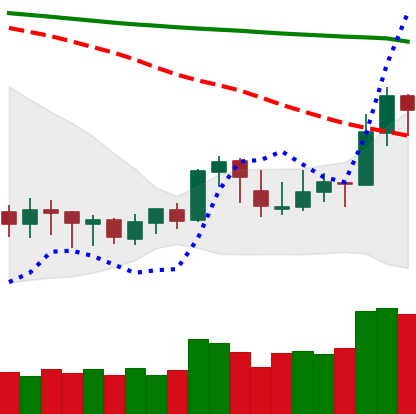
Ticker: XLM-USD
Chart end date: 2020-01-16
Forward return: 16.135%
Label: up_7plus